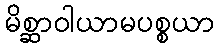
မိစ္ဆာဝါယာမပစ္စယာ